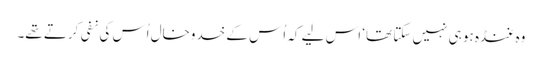
وہ غنڈہ ہو ہی نہیں سکتا تھا‘ اس لیے کہ اُس کے خدوخال اُس کی نفی کرتے تھے۔